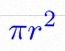
\pi r^2